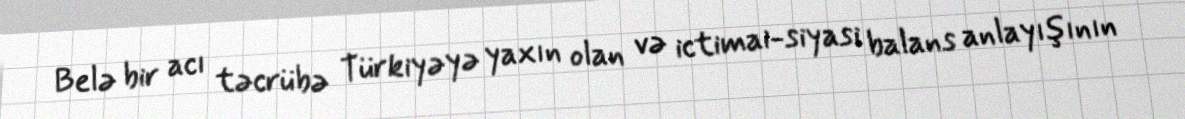
Belə bir acı təcrübə Türkiyəyə yaxın olan və ictimai-siyasi balans anlayışının